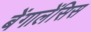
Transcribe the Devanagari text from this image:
बेंगालेंसिस